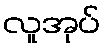
လူအုပ်